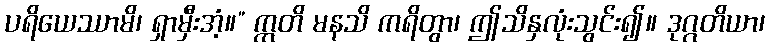
ပရိယေဿာမိ၊ ရှာမှီးအံ့။” ဣတိ မနသိ ကရိတွာ၊ ဤသိနှလုံးသွင်း၍။ ဒုဂ္ဂတိယာ၊